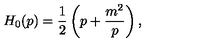
H _ { 0 } ( p ) = \frac 1 2 \left( p + \frac { m ^ { 2 } } { p } \right) ,